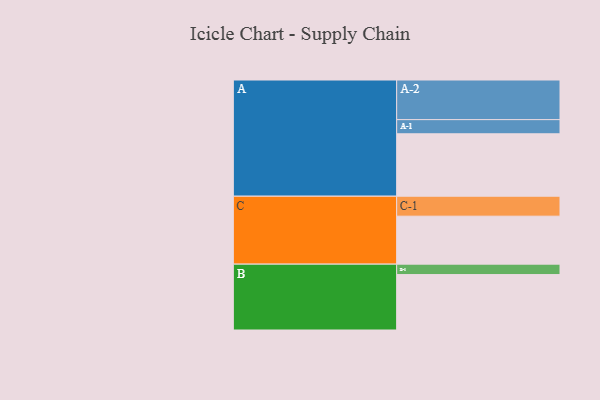
{"axis": {"x": "Segment", "y": "Value"}, "legend": ["", "A", "B", "C"], "data": [{"x": "A", "y": 419, "type": ""}, {"x": "B", "y": 372, "type": ""}, {"x": "C", "y": 322, "type": ""}, {"x": "A-1", "y": 95, "type": "A"}, {"x": "A-2", "y": 266, "type": "A"}, {"x": "B-1", "y": 70, "type": "B"}, {"x": "C-1", "y": 134, "type": "C"}]}